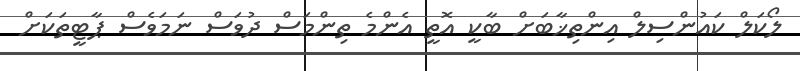
ލޯކަލް ކައުންސިލް އިންތިޚާބަށް ބާކީ އޮތީ އެންމެ ތިންމަސް ދުވަސް ނަމަވެސް ޕާޓީތަކަށް